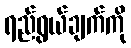
ရည်ရွယ်ချက်ကို